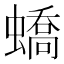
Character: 蟜